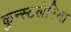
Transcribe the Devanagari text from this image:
कुन्स्टलेरिया